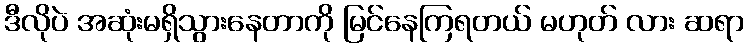
ဒီလိုပဲ အဆုံးမရှိသွားနေတာကို မြင်နေကြရတယ် မဟုတ် လား ဆရာ